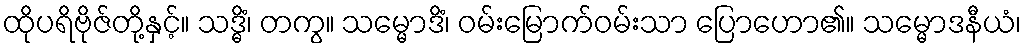
ထိုပရိဗိုဇ်တို့နှင့်။ သဒ္ဓိံ၊ တကွ။ သမ္မောဒိံ၊ ဝမ်းမြောက်ဝမ်းသာ ပြောဟော၏။ သမ္မောဒနီယံ၊